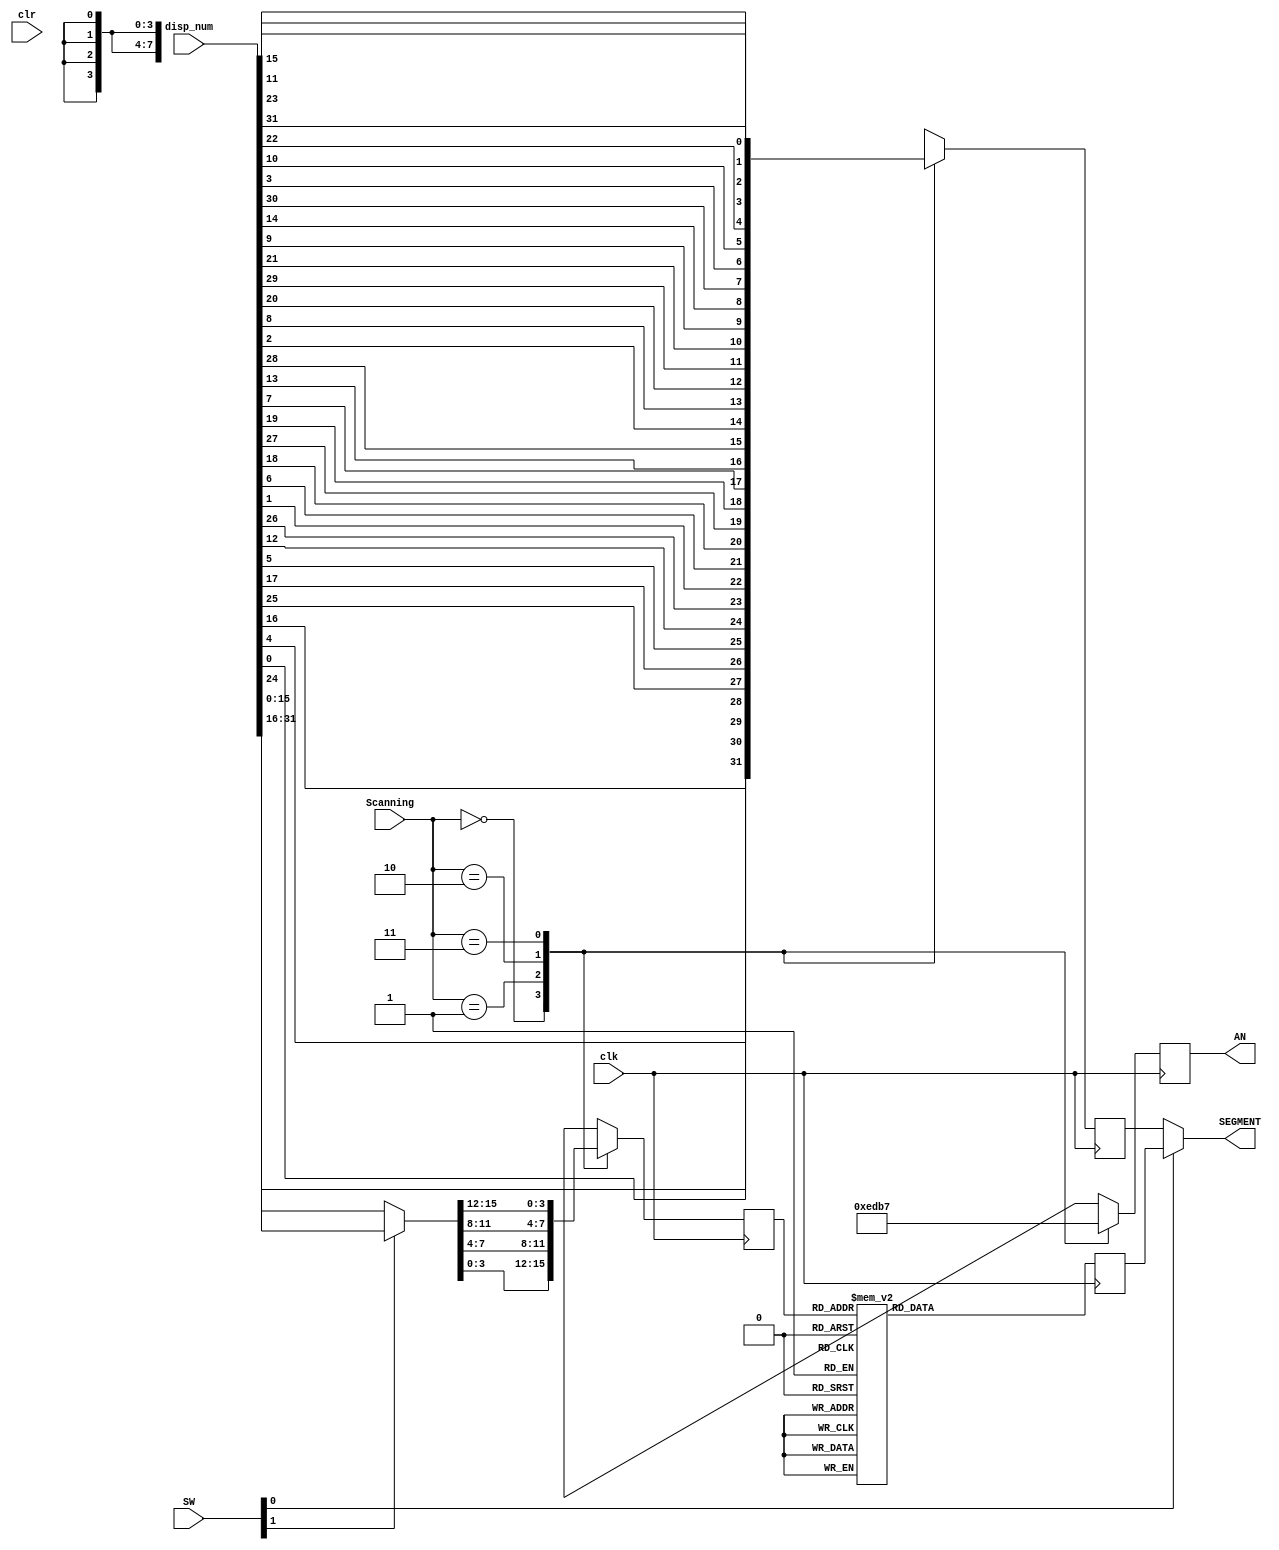
module seven_seg_1 (
                    clk,
                    clr,
                    disp_num,   
                    Scanning,   
                    SW,
                    AN,     
                    SEGMENT     
                    );
    input wire          clk, clr;
    input wire  [ 1: 0] Scanning;       
    input wire  [ 1: 0] SW;
    input wire  [31: 0] disp_num;       
    output reg  [ 3: 0] AN;             
    output wire [ 7: 0] SEGMENT;     
    reg         [ 3: 0] digit       = 4'h0;
    reg         [ 7: 0] temp_seg    = 8'h0, 
                        digit_seg   = 8'h0;
    wire        [15: 0] disp_current;
    assign SEGMENT = SW[0] ? digit_seg : temp_seg;                  
    assign disp_current = SW[1] ? disp_num[31:16] : disp_num[15:0]; 
    always @(posedge clk)begin
        case (digit)
            4'h0:     digit_seg = 8'b10000001; 
		    4'h1:     digit_seg = 8'b11001111; 
		    4'h2:     digit_seg = 8'b10010010; 
		    4'h3:     digit_seg = 8'b10000110; 
		    4'h4:     digit_seg = 8'b11001100; 
		    4'h5:     digit_seg = 8'b10100100; 
		    4'h6:     digit_seg = 8'b10100000; 
		    4'h7:     digit_seg = 8'b10001111; 
		    4'h8:     digit_seg = 8'b10000000; 
		    4'h9:     digit_seg = 8'b10000100; 
		    4'hA:     digit_seg = 8'b10001000; 
		    4'hB:     digit_seg = 8'b11100000; 
		    4'hC:     digit_seg = 8'b10110001; 
		    4'hD:     digit_seg = 8'b11000010; 
		    4'hE:     digit_seg = 8'b10110000; 
		    4'hF:     digit_seg = 8'b10111000;
            default:  digit_seg = 8'b00000000;
    endcase
   end
    always @(posedge clk)begin
        case (Scanning)             
	            0: begin 
                    digit       = disp_current[ 3: 0]; 
					temp_seg    = { disp_num[24], disp_num[ 0], disp_num[ 4], disp_num[16],
                                    disp_num[25], disp_num[17], disp_num[ 5], disp_num[12]};
                    AN          = 4'b1110;
                end
                1: begin 
                    digit       = disp_current[ 7: 4]; 
					temp_seg    = { disp_num[26], disp_num[ 1], disp_num[ 6], disp_num[18],
									disp_num[27], disp_num[19], disp_num[ 7], disp_num[13]};
                    AN          = 4'b1101;
                end
                2: begin 
                    digit       = disp_current[11: 8];   
					temp_seg    = { disp_num[28], disp_num[ 2], disp_num[ 8], disp_num[20],
									disp_num[29], disp_num[21], disp_num[ 9], disp_num[14]};
                    AN          = 4'b1011;
                end
                3: begin 
                    digit       = disp_current[15:12];  
					temp_seg    = { disp_num[30], disp_num[ 3], disp_num[10], disp_num[22],
									disp_num[31], disp_num[23], disp_num[11], disp_num[15]};
                    AN          = 4'b0111;
               end
     endcase
    end  
endmodule